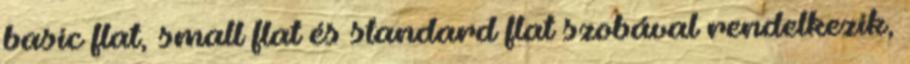
basic flat, small flat és standard flat szobával rendelkezik,